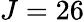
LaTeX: J=26